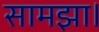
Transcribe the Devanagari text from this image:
सामझा।